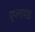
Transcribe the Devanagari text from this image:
एप्लायड